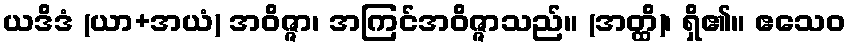
ယဒိဒံ (ယာ+အယံ) အဝိဇ္ဇာ၊ အကြင်အဝိဇ္ဇာသည်။ (အတ္ထိ)၊ ရှိ၏။ ဧသေဝ